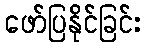
ဖော်ပြနိုင်ခြင်း